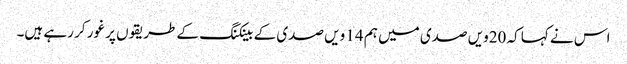
اس نے کہا کہ 20ویں صدی میں ہم 14 ویں صدی کے بینکنگ کے طریقوں پر غور کر رہے ہیں۔